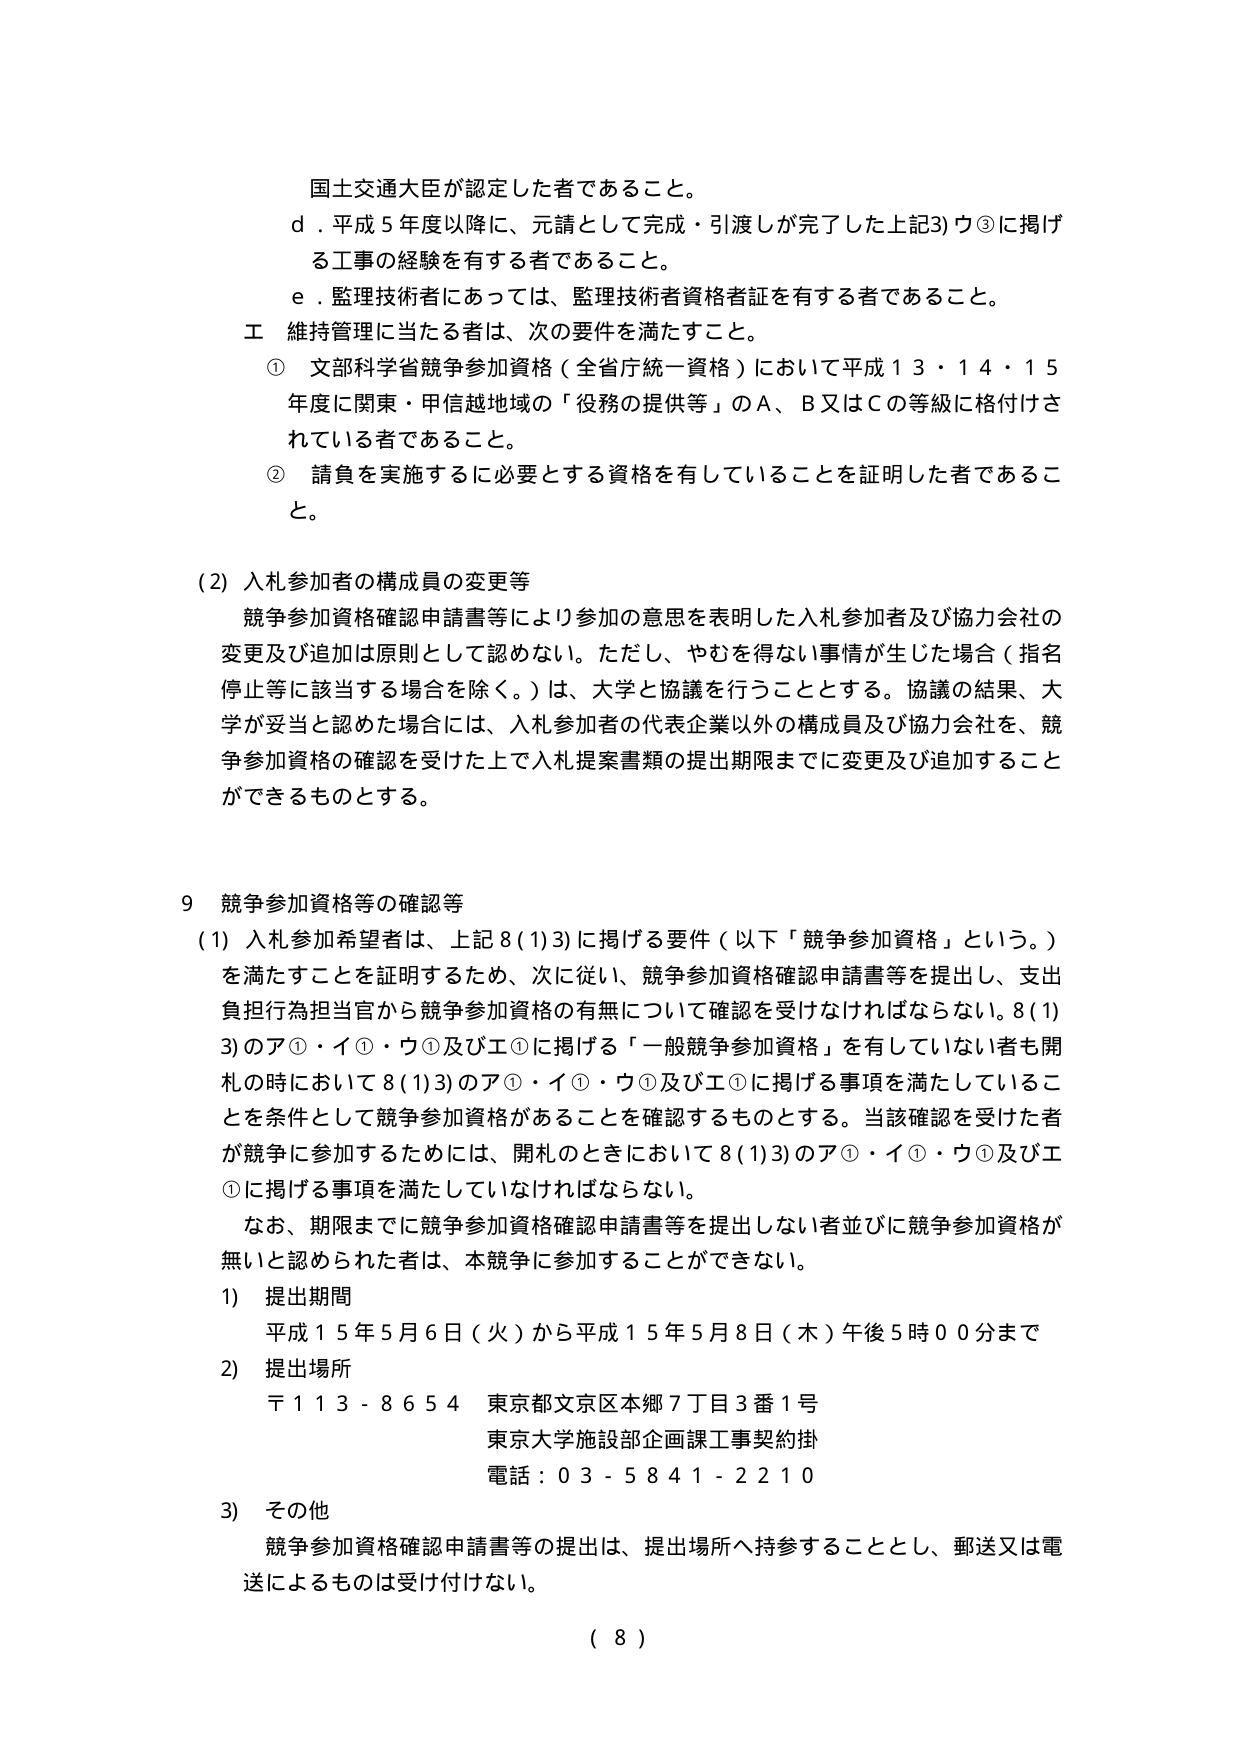
国土交通大臣が認定した者であること。

d．平成５年度以降に、元請として完成・引渡しが完了した上記3)ウ③に掲げる工事の経験を有する者であること。

e．監理技術者にあっては、監理技術者資格者証を有する者であること。

工 維持管理に当たる者は、次の要件を満たすこと。

① 文部科学省競争参加資格（全省庁統一資格）において平成１３・１４・１５年度に関東・甲信越地域の「役務の提供等」のＡ、Ｂ又はＣの等級に格付けされている者であること。

② 請負を実施するに必要とする資格を有していることを証明した者であること。

(2) 入札参加者の構成員の変更等

競争参加資格確認申請書等により参加の意思を表明した入札参加者及び協力会社の変更及び追加は原則として認めない。ただし、やむを得ない事情が生じた場合（指名停止等に該当する場合を除く。）は、大学と協議を行うこととする。協議の結果、大学が妥当と認めた場合には、入札参加者の代表企業以外の構成員及び協力会社を、競争参加資格の確認を受けた上で入札提案書類の提出期限までに変更及び追加することができるものとする。

9 競争参加資格等の確認等

(1) 入札参加希望者は、上記8(1)3)に掲げる要件（以下「競争参加資格」という。）を満たすことを証明するため、次に従い、競争参加資格確認申請書等を提出し、支出負担行為担当官から競争参加資格の有無について確認を受けなければならない。8(1)3)のア①・イ①・ウ①及びエ①に掲げる「一般競争参加資格」を有していない者も開札の時において8(1)3)のア①・イ①・ウ①及びエ①に掲げる事項を満たしていることを条件として競争参加資格があることを確認するものとする。当該確認を受けた者が競争に参加するためには、開札のときにおいて8(1)3)のア①・イ①・ウ①及びエ①に掲げる事項を満たしていなければならない。

なお、期限までに競争参加資格確認申請書等を提出しない者並びに競争参加資格が無いと認められた者は、本競争に参加することができない。

1) 提出期間

平成１５年５月６日（火）から平成１５年５月８日（木）午後５時００分まで

2) 提出場所

〒１１３－８６５４ 東京都文京区本郷７丁目３番１号
東京大学施設部企画課工事契約掛
電話：０３－５８４１－２２１０

3) その他

競争参加資格確認申請書等の提出は、提出場所へ持参することとし、郵送又は電送によるものは受け付けない。

（ 8 ）